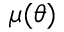
\mu ( \theta )